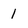
Character: 1